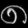
Digit: ၈